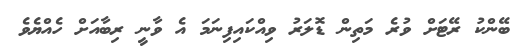
ބޭންކު ރޭޓަށް ވުރެ މަތިން ޑޮލަރު ވިއްކައިފިނަމަ އެ ވާނީ ރިބާއަށް ހެއްޔެވެ